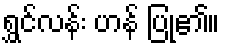
ရွှင်လန်း ဟန် ပြု၏။